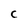
Character: C